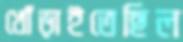
খোঁড়াইতেছিল